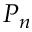
P _ { n }